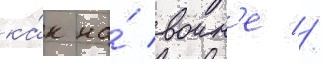
ка́к на́ воин'е //